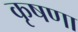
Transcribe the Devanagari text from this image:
कृषणा